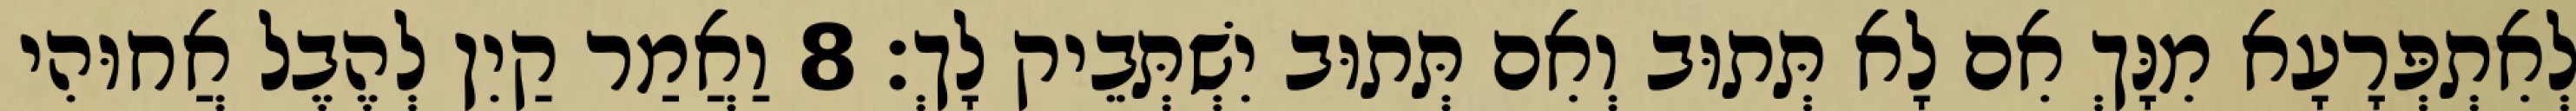
לְאִתְפְּרָעָא מִנָּךְ אִם לָא תְּתוּב וְאִם תְּתוּב יִשְׁתְּבֵיק לָךְ׃ 8 וַאֲמַר קַיִן לְהֶבֶל אֲחוּהִי